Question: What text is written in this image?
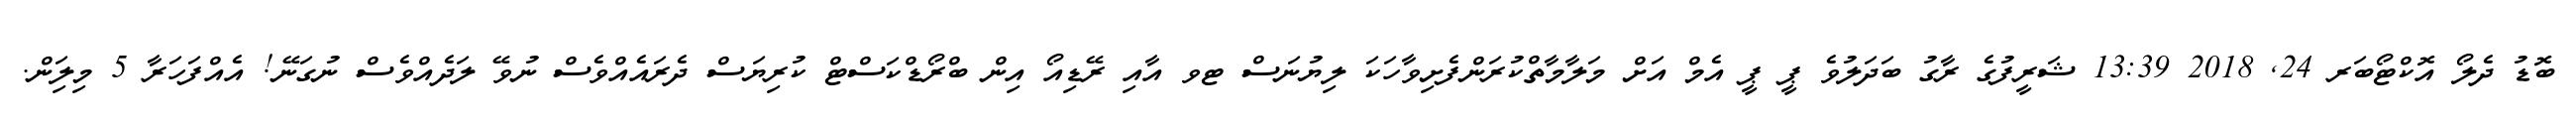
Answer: ބޮޑު ދެލޯ އޮކްޓޯބަރ 24, 2018 13:39 ޝަރީފުގެ ރާގު ބަދަލުވެ ޕީ ޕީ އެމް އަށް މަލާމާތްކުރަންފެށިވާހަކަ ލިޔުނަސް ޓވ އާއި ރޭޑިއޯ އިން ބްރޯޑްކަސްޓް ކުރިޔަސް ދެރައެއްވެސް ނުވޭ ލަދެއްވެސް ނުގަނޭ! އެއްފަހަރާ 5 މިލިަން.